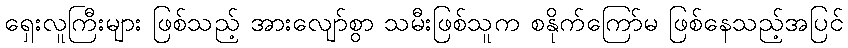
ရှေးလူကြီးများ ဖြစ်သည့် အားလျော်စွာ သမီးဖြစ်သူက စနိုက်ကြော်မ ဖြစ်နေသည့်အပြင်